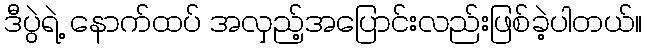
ဒီပွဲရဲ့ နောက်ထပ် အလှည့်အပြောင်းလည်းဖြစ်ခဲ့ပါတယ်။